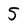
Character: 5